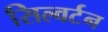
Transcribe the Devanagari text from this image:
सिल्वर्टन